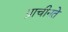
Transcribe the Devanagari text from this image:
प्राचीनते